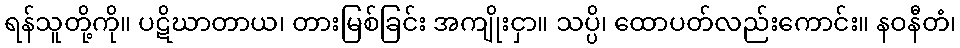
ရန်သူတို့ကို။ ပဋိဃာတာယ၊ တားမြစ်ခြင်း အကျိုးငှာ။ သပ္ပိ၊ ထောပတ်လည်းကောင်း။ နဝနီတံ၊